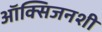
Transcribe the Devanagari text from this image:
ऑक्सिजनशी